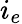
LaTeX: i_{e}